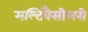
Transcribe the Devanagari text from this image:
मल्टिबैसीलरी